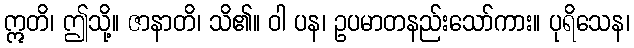
ဣတိ၊ ဤသို့။ ဇာနာတိ၊ သိ၏။ ဝါ ပန၊ ဥပမာတနည်းသော်ကား။ ပုရိသေန၊